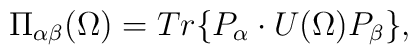
\Pi_{\alpha\beta}(\Omega)=Tr\{P_\alpha\cdot U(\Omega)P_\beta\},